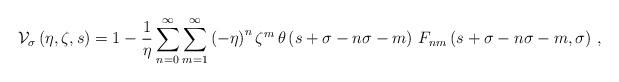
LaTeX: \begin{align*}{\cal V}_\sigma\left(\eta,\zeta,s\right)=1-\frac{1}{\eta}\sum_{n=0}^\infty\sum_{m=1}^\infty\left(-\eta\right)^n\zeta^m\,\theta\left(s+\sigma-n\sigma-m\right)\,F_{nm}\left(s+\sigma-n\sigma-m,\sigma\right)\,,\end{align*}